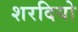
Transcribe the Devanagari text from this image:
शरदियो